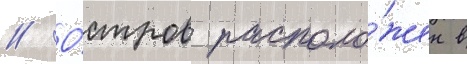
// О́стров располо́жен в